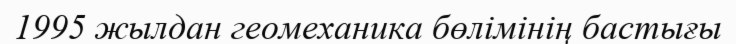
1995 жылдан геомеханика бөлімінің бастығы